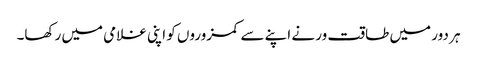
ہر دور میں طاقت ور نے اپنے سے کمزوروں کو اپنی غلامی میں رکھا۔